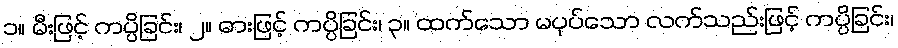
၁။ မီးဖြင့် ကပ္ပိခြင်း၊ ၂။ ဓားဖြင့် ကပ္ပိခြင်း၊ ၃။ ထက်သော မပုပ်သော လက်သည်းဖြင့် ကပ္ပိခြင်း၊